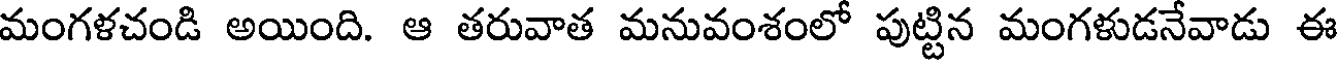
మంగళచండి అయింది. ఆ తరువాత మనువంశంలో పుట్టిన మంగళుడనేవాడు ఈ